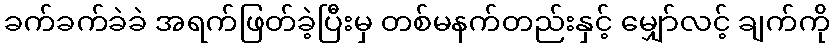
ခက်ခက်ခဲခဲ အရက်ဖြတ်ခဲ့ပြီးမှ တစ်မနက်တည်းနှင့် မျှော်လင့် ချက်ကို